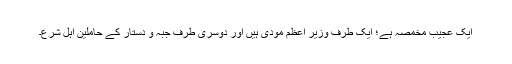
ایک عجیب مخمصہ ہے؛ ایک طرف وزیر اعظم مودی ہیں اور دوسری طرف جبّہ و دستار کے حاملین اہلِ شرع۔